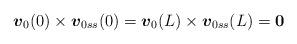
LaTeX: \begin{align*}\mbox{\mathversion{bold}$v$}_{0}(0)\times \mbox{\mathversion{bold}$v$}_{0ss}(0)=\mbox{\mathversion{bold}$v$}_{0}(L)\times \mbox{\mathversion{bold}$v$}_{0ss}(L)=\mbox{\mathversion{bold}$0$}\end{align*}